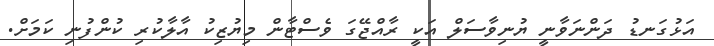
އަޅުގަނޑު ދަންނަވާނީ ޔުނިވާސަލް އަކީ ރާއްޖޭގަ ވެސްޓާން މިޔުޒިކު އާލާކުރި ކުންފުނި ކަމަށް.